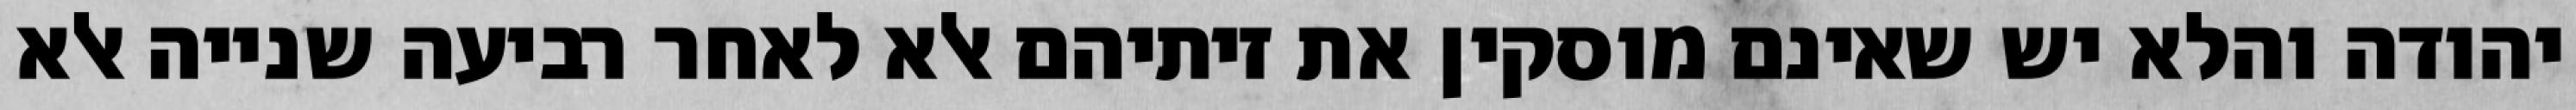
יהודה והלא יש שאינם מוסקין את זיתיהם אלא לאחר רביעה שנייה אלא